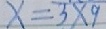
x = 3 \times 9